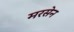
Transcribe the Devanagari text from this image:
मरसेन